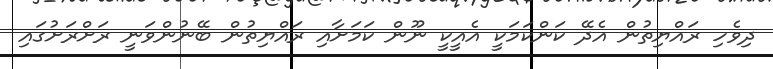
ދިވެހި ރައްޔިތުން އެދޭ ކަންކަމަކީ އެއީކީ ނޫން ކަމަށާއި ރައްޔިތުން ބޭނުންވަނީ ރަށްރަށުގައި